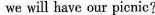
we will have our picnic?